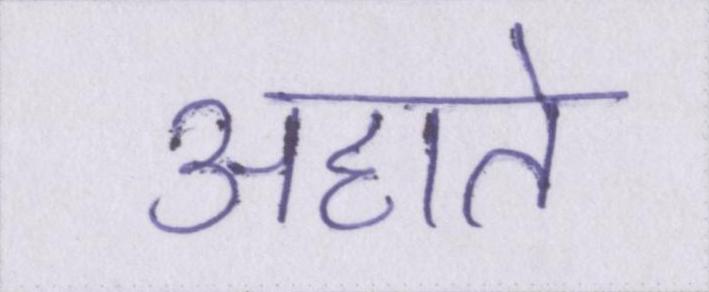
अहाते